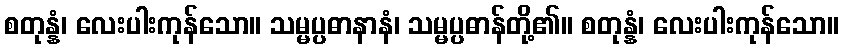
စတုန္နံ၊ လေးပါးကုန်သော။ သမ္မပ္ပဓာနာနံ၊ သမ္မပ္ပဓာန်တို့၏။ စတုန္နံ၊ လေးပါးကုန်သော။